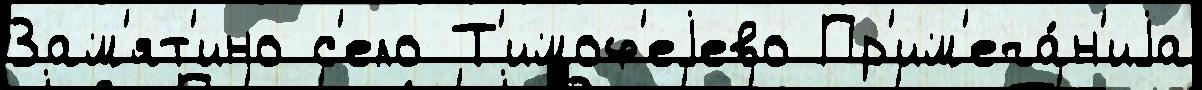
Зам'ят'ино с'ело Т'имоф'еjево Пр'им'еча́н'иjа